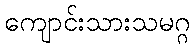
ကျောင်းသားသမဂ္ဂ